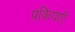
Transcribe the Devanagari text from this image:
प्रकियाएँ